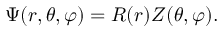
\Psi ( r , \theta , \varphi ) = R ( r ) Z ( \theta , \varphi ) .